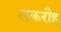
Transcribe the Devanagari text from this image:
लकरौइ